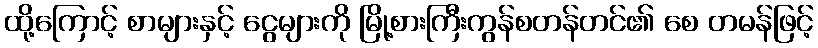
ထို့ကြောင့် စာများနှင့် ငွေများကို မြို့စားကြီးကွန်စတန်တင်၏ စေ တမန်ဖြင့်